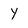
Character: Y